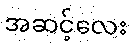
အဆင့်လေး